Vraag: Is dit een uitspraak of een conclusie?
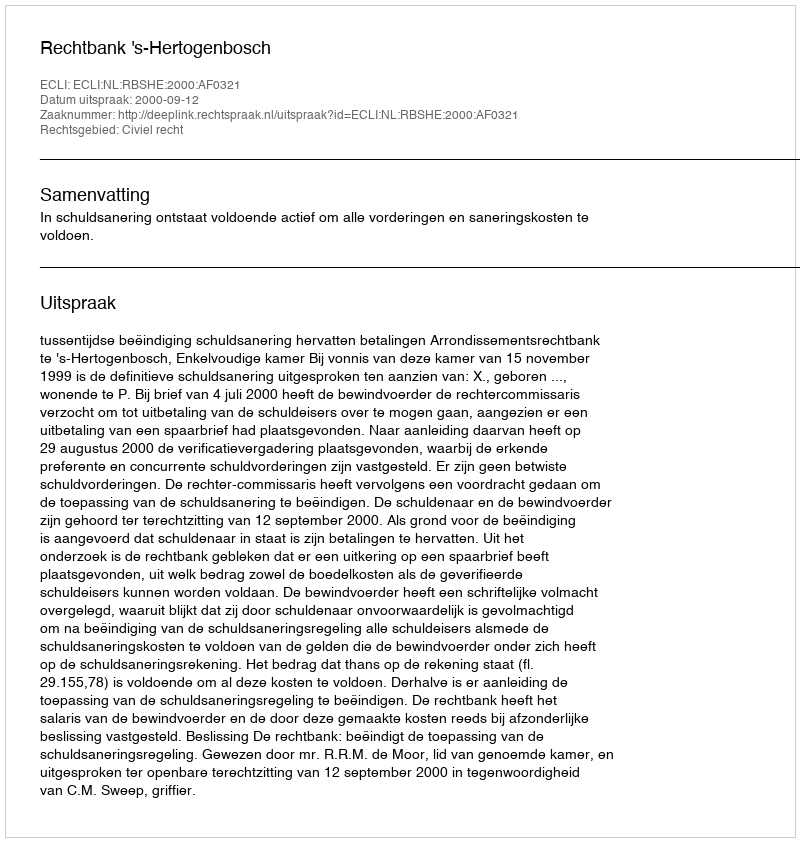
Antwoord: Uitspraak